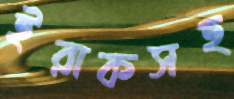
ইরাকসহ